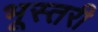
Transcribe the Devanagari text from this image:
भूस्तरी